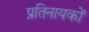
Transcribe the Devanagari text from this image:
प्रतिनायकों